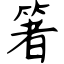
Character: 箸